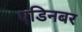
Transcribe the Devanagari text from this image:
एडिनबर